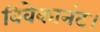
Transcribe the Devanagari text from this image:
विवेकानंद।